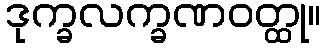
ဒုက္ခလက္ခဏဝတ္ထု။